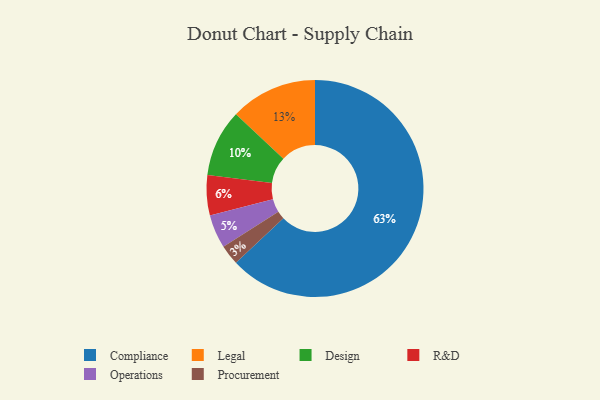
{"axis": {"x": "Category", "y": "Percentage"}, "legend": ["Compliance", "Design", "Legal", "Operations", "Procurement", "R&D"], "data": [{"x": "Design", "y": 10, "type": "Design"}, {"x": "Legal", "y": 13, "type": "Legal"}, {"x": "Procurement", "y": 3, "type": "Procurement"}, {"x": "Compliance", "y": 63, "type": "Compliance"}, {"x": "R&D", "y": 6, "type": "R&D"}, {"x": "Operations", "y": 5, "type": "Operations"}]}